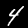
Label: 4